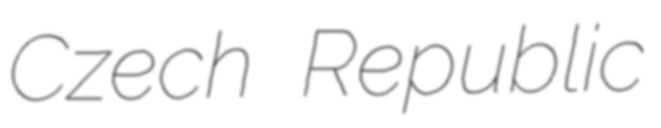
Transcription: Czech Republic